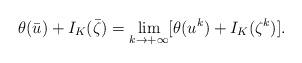
LaTeX: \begin{align*}\theta(\bar{u}) + I_K(\bar{\zeta}) = \lim\limits_{k\rightarrow +\infty}[\theta(u^k) + I_K(\zeta^k)].\end{align*}